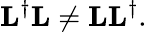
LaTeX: \mathbf{L}^{\dagger}\mathbf{L}\neq\mathbf{LL}^{\dagger}.